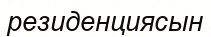
резиденциясын